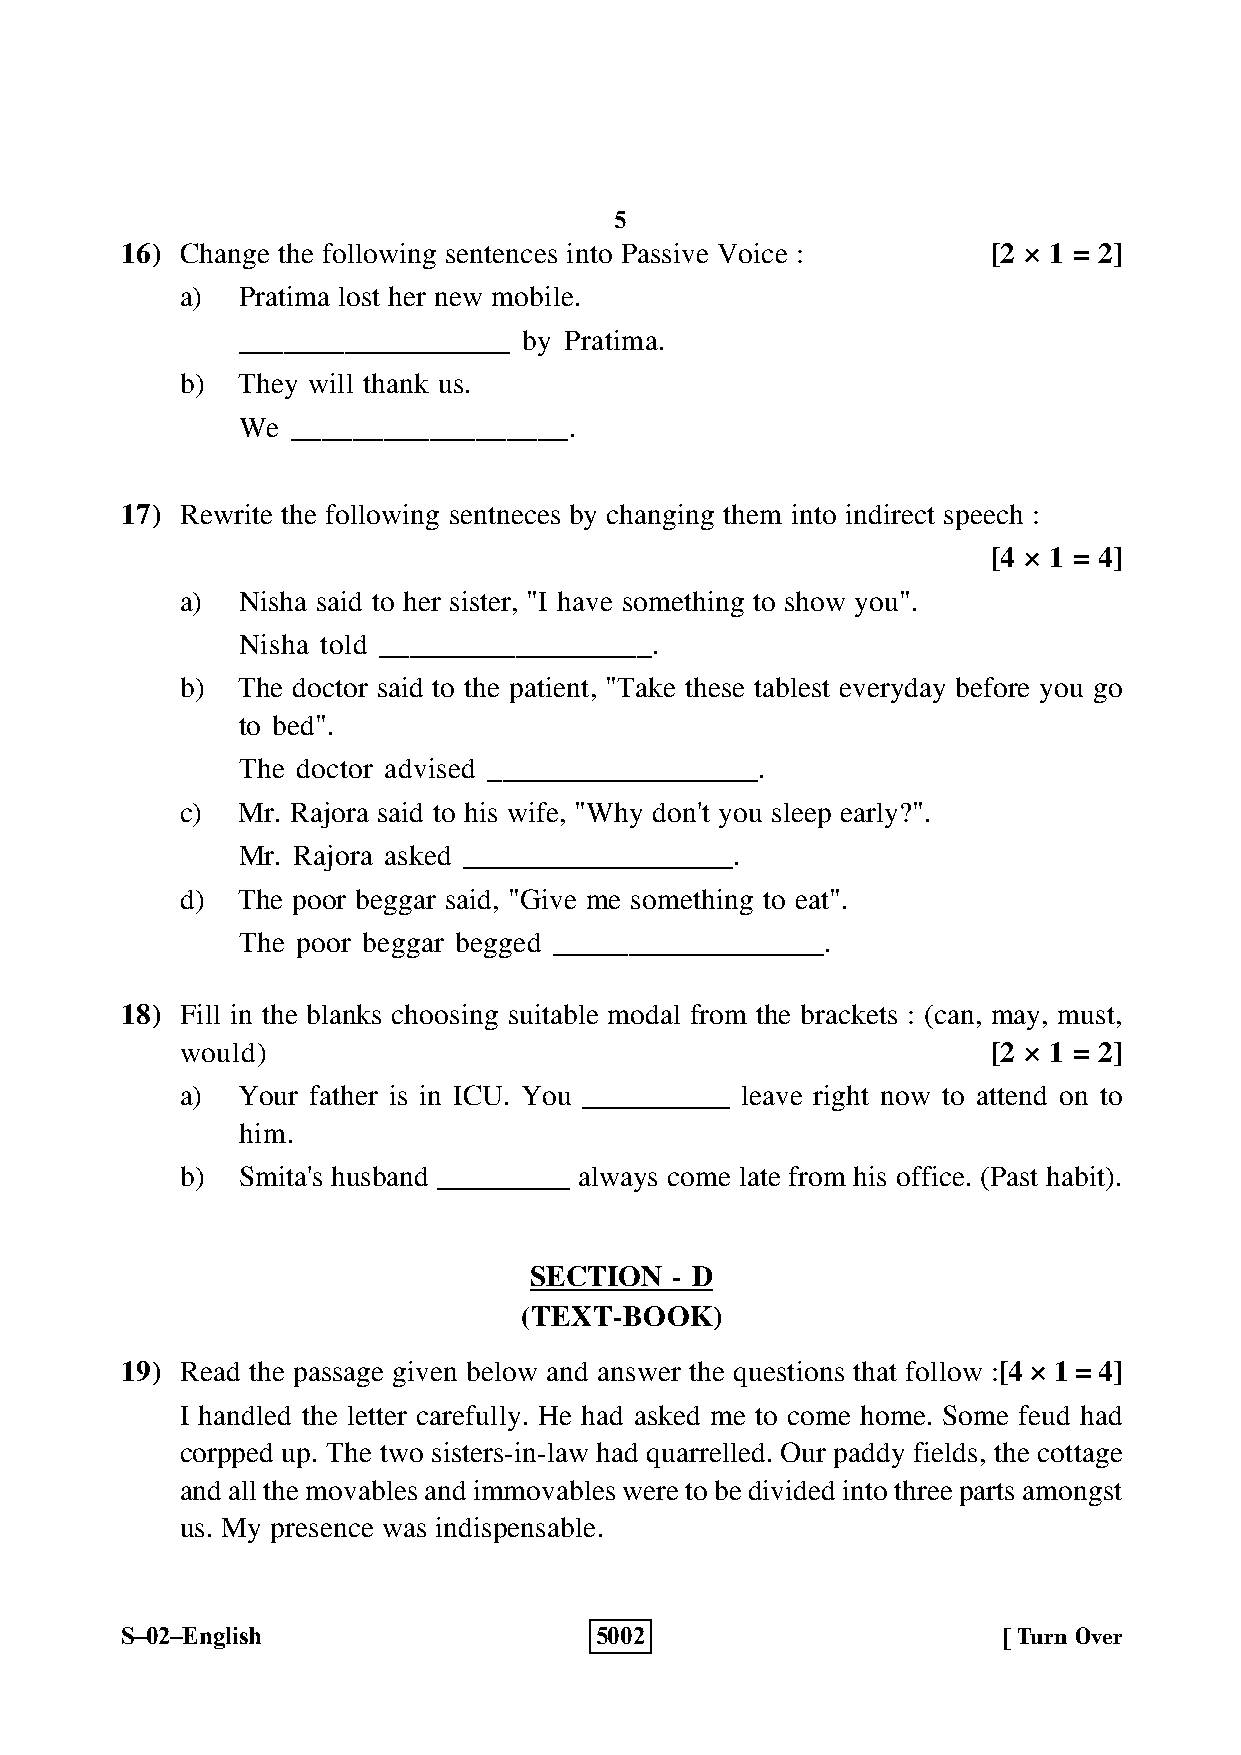
5
 16) Change the following sentences into Passive Voice :   [2 × 1 = 2]
 a)  Pratima lost her new mobile.
 __________________ by Pratima.
 b)  They will thank us.
 We __________________.
 17) Rewrite the following sentneces by changing them into indirect speech :
 [4 × 1 = 4]
 a)  Nisha said to her sister, "I have something to show you".
 Nisha told __________________.
 b)  The doctor said to the patient, "Take these tablest everyday before you go
 to bed".
 The doctor advised __________________.
 c)  Mr. Rajora said to his wife, "Why don't you sleep early?".
 Mr. Rajora asked __________________.
 d)  The poor beggar said, "Give me something to eat".
 The poor beggar begged __________________.
 18) Fill in the blanks choosing suitable modal from the brackets : (can, may, must,
 would)                                                [2 × 1 = 2]
 a)  Your father is in ICU. You __________ leave right now to attend on to
 him.
 b)  Smita's husband _________ always come late from his office. (Past habit).
 SECTION  - D
 (TEXT-BOOK)
 19) Read the passage given below and answer the questions that follow :[4 × 1 = 4]
 I handled the letter carefully. He had asked me to come home. Some feud had
 corpped up. The two sisters-in-law had quarrelled. Our paddy fields, the cottage
 and all the movables and immovables were to be divided into three parts amongst
 us. My presence was indispensable.
 S–02–English                   5002                       [ Turn Over